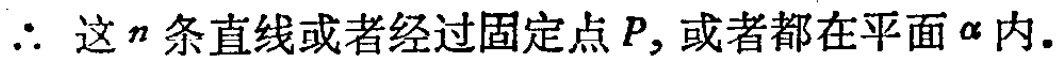
$\therefore$ 这 $n$ 条直线或者经过固定点 $P$, 或者都在平面 $\alpha$ 内.